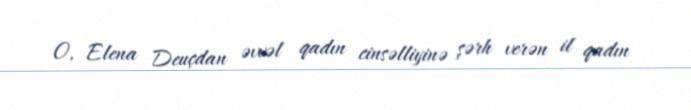
O, Elena Deuçdan əvvəl qadın cinsəlliyinə şərh verən il qadın